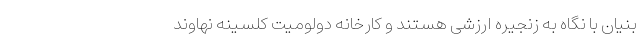
بنیان با نگاه به زنجیره ارزشی هستند و کارخانه دولومیت کلسینه نهاوند